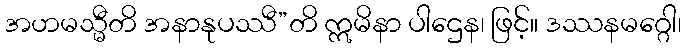
အဟမသ္မီတိ အနာနုပဿီ”တိ ဣမိနာ ပါဌေန၊ ဖြင့်။ ဒဿနမဂ္ဂေါ၊